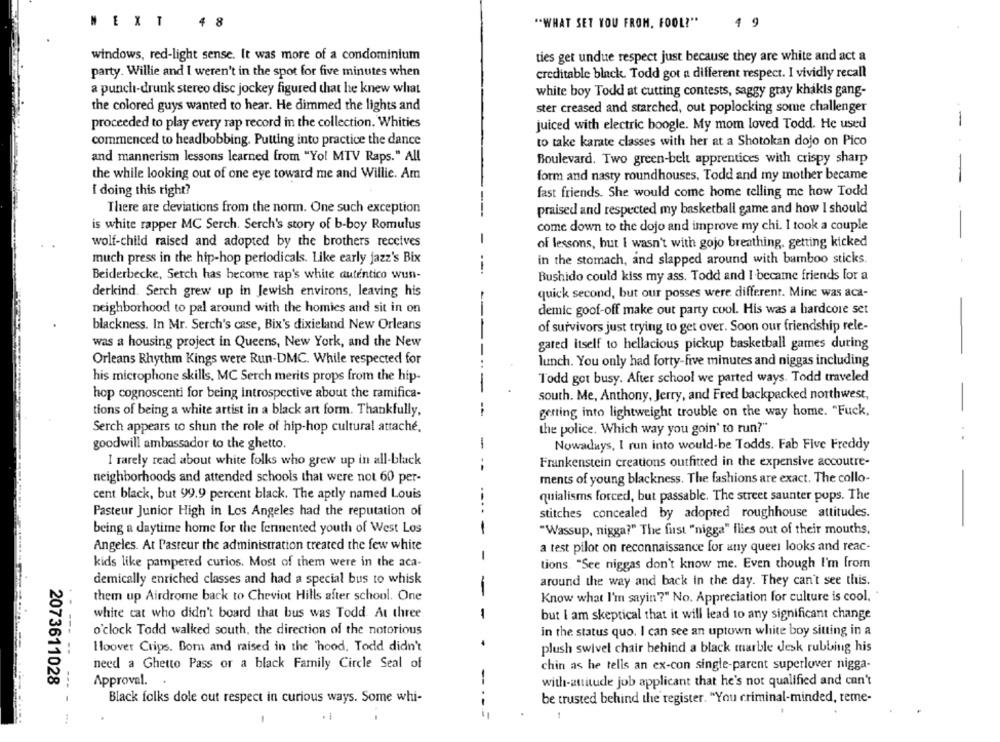
4 8
EXT
"WHAT SET YOU FROM, FOOL?"
4 9
windows, red-light sense. It was more of a condominium
ties get undue respect just because they are white and act a
party. Willie and I weren't in the spot for five minutes when
creditable black. Todd got a different respect. I vividly recall
a punch-drunk stereo disc jockey figured that he knew what
white boy Todd at cutting contests, saggy gray khakis gang-
the colored guys wanted to hear. He dimmed the lights and
ster creased and starched, out poplocking some challenger
proceeded to play every rap record in the collection. Whities
juiced with electric boogle. My mom loved Todd. He used
-
commenced to headbobbing. Putting into practice the dance
to take karate classes with her at a Shotokan dojo on Pico
and mannerism lessons learned from "Yol MTV Raps." All
Boulevard. Two green-belt apprentices with crispy sharp
the while looking out of one eye toward me and Willie. Am
form and nasty roundhouses, Todd and my mother became
I doing this right?
fast friends. She would come home telling me how Todd
There are deviations from the norm. One such exception
praised and respected my basketball game and how I should
is white rapper MC Serch. Serch's story of b-boy Romulus
come down to the dojo and improve my chi. I took a couple
wolf-child raised and adopted by the brothers receives
of lessons, but I wasn't with gojo breathing, getting kicked
much press in the hip-hop periodicals. Like early jazz's Bix
in the stomach, and slapped around with bamboo sticks.
Beiderbecke, Serch has become rap's white autentico wun-
Bushido could kiss my ass. Todd and I became friends for a
derkind. Serch grew up in Jewish environs, leaving his
quick second, but our posses were different. Mine was aca-
neighborhood to pal around with the homies and sit in on
demic goof-off make out party cool. His was a hardcore set
blackness. In Mr. Serch's case, Bix's dixieland New Orleans
of survivors just trying to get over. Soon our friendship rele-
was a housing project in Queens, New York, and the New
gated itself to hellacious pickup basketball games during
Orleans Rhythm Kings were Run-DMC. While respected for
lunch. You only had forty-five minutes and niggas including
his microphone skills, MC Serch merits props from the hip-
Todd got busy. After school we parted ways. Todd traveled
hop cognoscenti for being introspective about the ramifica-
south. Me, Anthony, Jerry, and Fred backpacked northwest,
tions of being a white artist in a black art form. Thankfully,
--
getting into lightweight trouble on the way home. "Fuck,
Serch appears to shun the role of hip-hop cultural attaché.
the police. Which way you goin' to run?"
goodwill ambassador to the ghetto.
-
. .
Nowadays, I run into would-be Todds. Fab Five Freddy
I rarely read about white folks who grew up in all-black
Frankenstein creations outfitted in the expensive accoutre-
--
neighborhoods and attended schools that were not 60 per-
ments of young blackness. The fashions are exact. The collo-
cent black, but 99.9 percent black. The aptly named Louis
quialisms forced, but passable. The street saunter pops. The
Pasteur Junior High in Los Angeles had the reputation of
--..
stitches concealed by adopted roughhouse attitudes.
being a daytime home for the fermented youth of West Los
-
"Wassup, nigga?" The first "nigga" flies out of their mouths.
Angeles. At Pasteur the administration treated the few white
a test pilot on reconnaissance for any queel looks and reac-
-
kids like pampered curios. Most of them were in the aca-
tions "See niggas don't know me. Even though I'm from
demically enriched classes and had a special bus to whisk
around the way and back in the day. They can't see this.
-
them up Airdrome back to Cheviot Hills after school. One
Know what I'm sayin?" No. Appreciation for culture is cool, '
white cat who didn't board that bus was Todd At three
but I am skeptical that it will lead to any significant change
in the status quo. I can see an uptown white boy sitting in a
o'clock Todd walked south, the direction of the notorious
Hoover Crips. Born and raised in the 'hood, Todd didn't
plush swivel chair behind a black marble desk rubbing his
need a Ghetto Pass or a black Family Circle Seal of
chin as he tells an ex-con single-parent superlover nigga-
2073611028
Approval.
-
with-attitude job applicant that he's not qualified and can't
--- -
Black folks dole out respect in curious ways. Some whi-
be trusted behind the register. "You criminal-minded, reme-